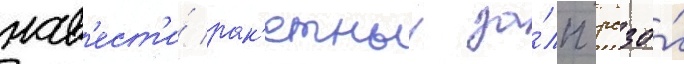
нав'ест'и́ рак'етныи за́лп рсзо́